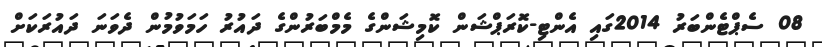
08 ސެޕްޓެންބަރު 2014ގައި އެންޓި-ކޮރަޕްޝަން ކޮމިޝަންގެ މެމްބަރުންގެ ދައުރު ހަމަވުމުން ދެވަނަ ދައުރަކަށް